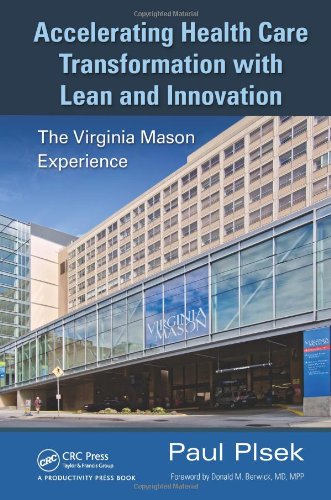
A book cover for Accelerating Health Care Transformation with Lean and Innovation: The Virginia Mason Experience; Paul E. Plsek; Medical Books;